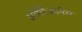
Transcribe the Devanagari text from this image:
ओर्लिआनैस